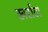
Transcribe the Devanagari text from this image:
खर्राटा